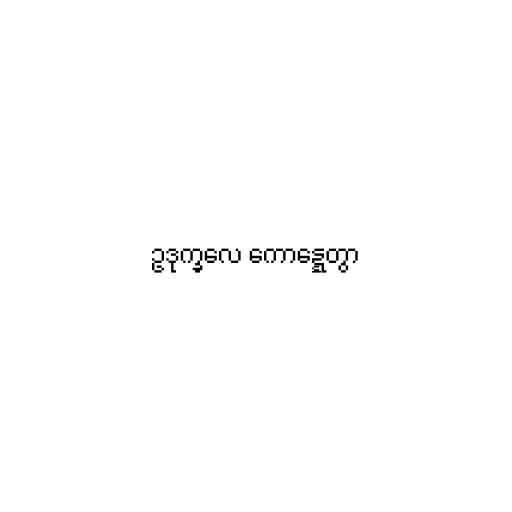
ဥဒုက္ခလေ ကောဋ္ဋေတွာ